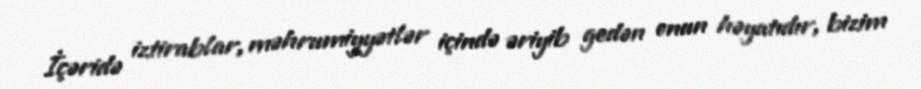
İçəridə iztirablar, məhrumiyyətlər içində əriyib gedən onun həyatıdır, bizim